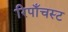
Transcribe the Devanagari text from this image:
रिपाँचस्ट